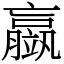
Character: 䇔